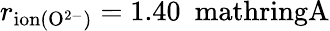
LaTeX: r_{\mathrm{ion(O^{2-})}}=1.40\ \mathrm{\ mathring{A}}